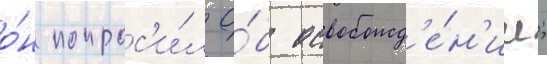
о́н попрос'и́л о́б освобожд'е́н'ии;